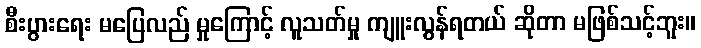
စီးပွားရေး မပြေလည် မှုကြောင့် လူသတ်မှု ကျူးလွန်ရတယ် ဆိုတာ မဖြစ်သင့်ဘူး။